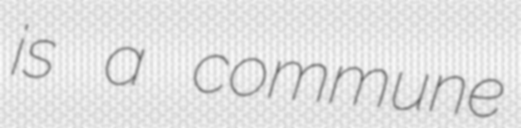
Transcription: is a commune